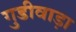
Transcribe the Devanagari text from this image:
गुडीवाड़ा